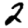
Digit: 2